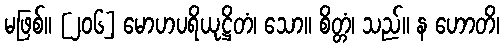
မဖြစ်။ [၂၀၆] မောဟပရိယုဋ္ဌိတံ၊ သော။ စိတ္တံ၊ သည်။ န ဟောတိ၊